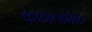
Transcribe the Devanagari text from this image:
कफोत्सर्गक